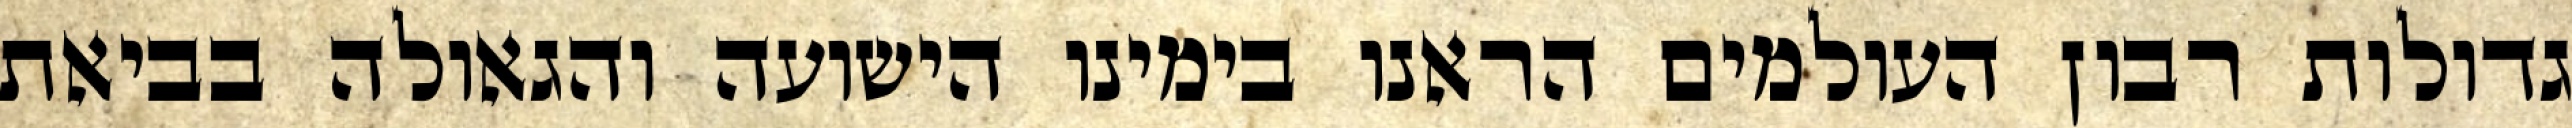
גדולות רבון העולמים הראנו בימינו הישועה והגאולה בביאת